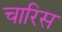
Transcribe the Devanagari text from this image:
चारिस